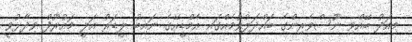
މިއަދު ބޭއްވި ނޫސްވެރިންގެ ބައްދަލުވުމެއްގައި އެމްޑީއޭގެ ނައިބު ލީޑަރު އަލީ މައުރޫފް ވިދާޅުވީ